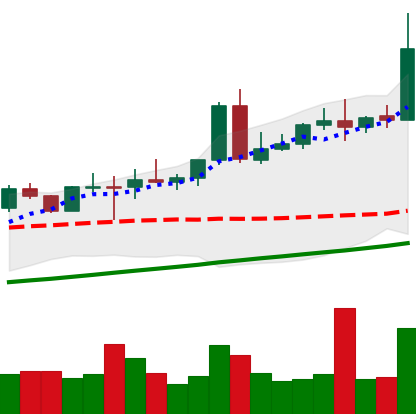
Ticker: NEO-USD
Chart end date: 2020-08-10
Forward return: 4.329%
Label: up_3_5